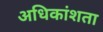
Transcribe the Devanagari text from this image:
अधिकांशता